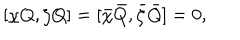
LaTeX: [ \chi Q , \zeta Q ] = [ \bar { \chi } \bar { Q } , \bar { \zeta } \bar { Q } ] = 0 ,